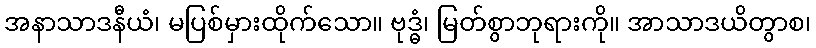
အနာသာဒနီယံ၊ မပြစ်မှားထိုက်သော။ ဗုဒ္ဓံ၊ မြတ်စွာဘုရားကို။ အာသာဒယိတွာစ၊